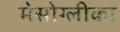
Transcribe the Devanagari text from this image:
मेसोग्लीका